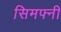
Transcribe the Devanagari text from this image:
सिमफ्नी